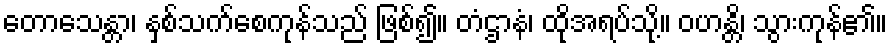
တောသေန္တာ၊ နှစ်သက်စေကုန်သည် ဖြစ်၍။ တံဌာနံ၊ ထိုအရပ်သို့။ ဝဟန္တိ၊ သွားကုန်၏။